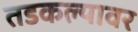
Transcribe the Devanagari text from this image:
तडकल्यावर